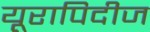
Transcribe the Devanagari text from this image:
यूरापिदीज